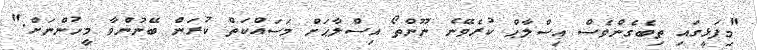
"މިފަޅީގައި ތިބެގެންވެސް އިސްލާޙް ކުރެވޭނެ ނޫންތޯ އިސްލާޙަށް މަސައްކަތް ކުރަން ބޭނުންވާ މީހުންނަށް."